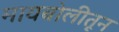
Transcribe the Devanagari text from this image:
मायबोलीतून